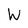
Character: W